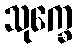
သုက္ခေ